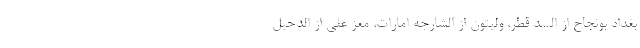
بغداد بونجاح از السد قطر، ولیتون از الشارجه امارات، معز علی از الدحیل